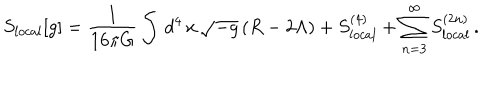
S _ { l o c a l } [ g ] = { \frac { 1 } { 1 6 \pi G } } \int \, d ^ { 4 } \, x \, \sqrt { - g } \, ( R - 2 \Lambda ) + S _ { l o c a l } ^ { ( 4 ) } + \sum _ { n = 3 } ^ { \infty } S _ { l o c a l } ^ { ( 2 n ) } \, .